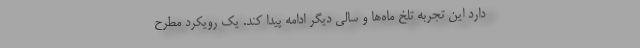
دارد این تجربه تلخ ماه‌ها و سالی دیگر ادامه پیدا کند. یک رویکرد مطرح